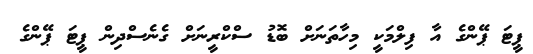
ޕީޓަ ޕޭންގެ އާ ފިލްމަކީ މިހާތަނަށް ބޮޑު ސްކްރީނަށް ގެނެސްދިން ޕީޓަ ޕޭންގެ